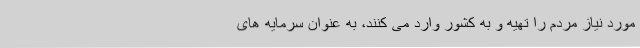
مورد نیاز مردم را تهیه و به کشور وارد می کنند،‌ به عنوان سرمایه های